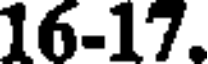
16-17.